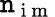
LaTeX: \mathtt{n}_{\mathrm{{~i~m~}}}